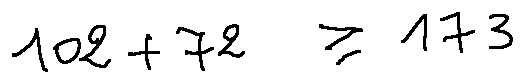
1 0 2 + 7 2 \geq 1 7 3